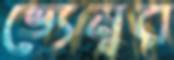
ভ্যেনুর